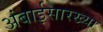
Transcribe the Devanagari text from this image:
अंबाईसारख्या